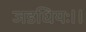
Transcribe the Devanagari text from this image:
जडधियः।।